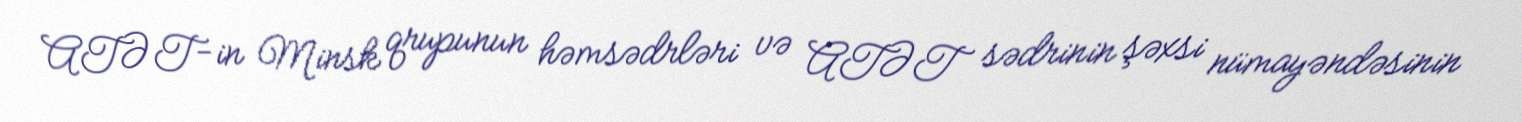
ATƏT-in Minsk qrupunun həmsədrləri və ATƏT sədrinin şəxsi nümayəndəsinin